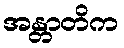
အန္တာတိက